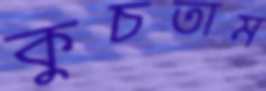
কুচতাম